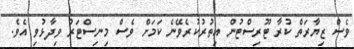
ވެސް ޒިޔާރަތް ކުރާ ޓޫރިސްޓުން އިތުރުކުރެވޭނެ ކަމަށް ވެސް މިނިސްޓަރު ވިދާޅުވި އެވެ.